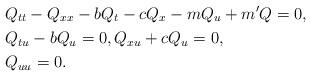
LaTeX: \begin{align*}& Q_{tt} -Q_{xx} -bQ_t -cQ_x -m Q_u +m' Q=0,\\& Q_{tu} -bQ_u =0,Q_{xu} +cQ_u =0,\\& Q_{uu} =0 .\end{align*}